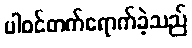
ပါဝင်တက်ရောက်ခဲ့သည်